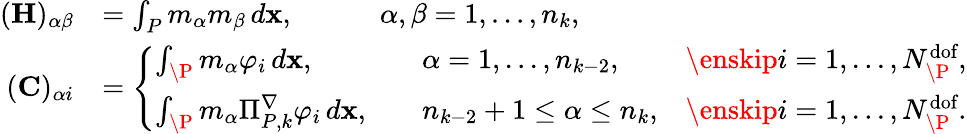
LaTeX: \begin{array}{rl}{(\mathbf{H})_{\alpha\beta}}&{=\int_{{P}}m_{\alpha}m_{\beta}\, d\mathbf{x},\qquad\quad\alpha,\beta=1,...,n_{k},}\\ {(\mathbf{C})_{\alpha i}}&{=\left\{ \begin{array}{lll}{\int_{\P}m_{\alpha}\varphi_{i}\, d\mathbf{x},}&{\quad\alpha=1,...,n_{k-2},}&{\enskip i=1,...,N_{\P}^{\textrm{dof}},}\\ {\int_{\P}m_{\alpha}\Pi_{{P},k}^{\nabla}\varphi_{i}\, d\mathbf{x},}&{\quad n_{k-2}+1\leq\alpha\leq n_{k},}&{\enskip i=1,...,N_{\P}^{\textrm{dof}}.}\end{array}\right.}\end{array}